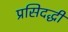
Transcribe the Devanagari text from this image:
प्रसिदद्धी